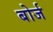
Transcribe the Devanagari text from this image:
बोर्ज